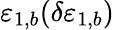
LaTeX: \varepsilon_{1,b}(\delta\varepsilon_{1,b})